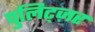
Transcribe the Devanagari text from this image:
पुलिट्ज़र